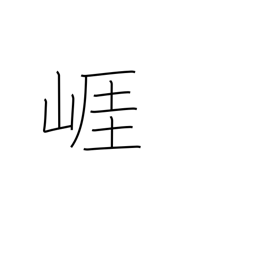
Meaning: bluff